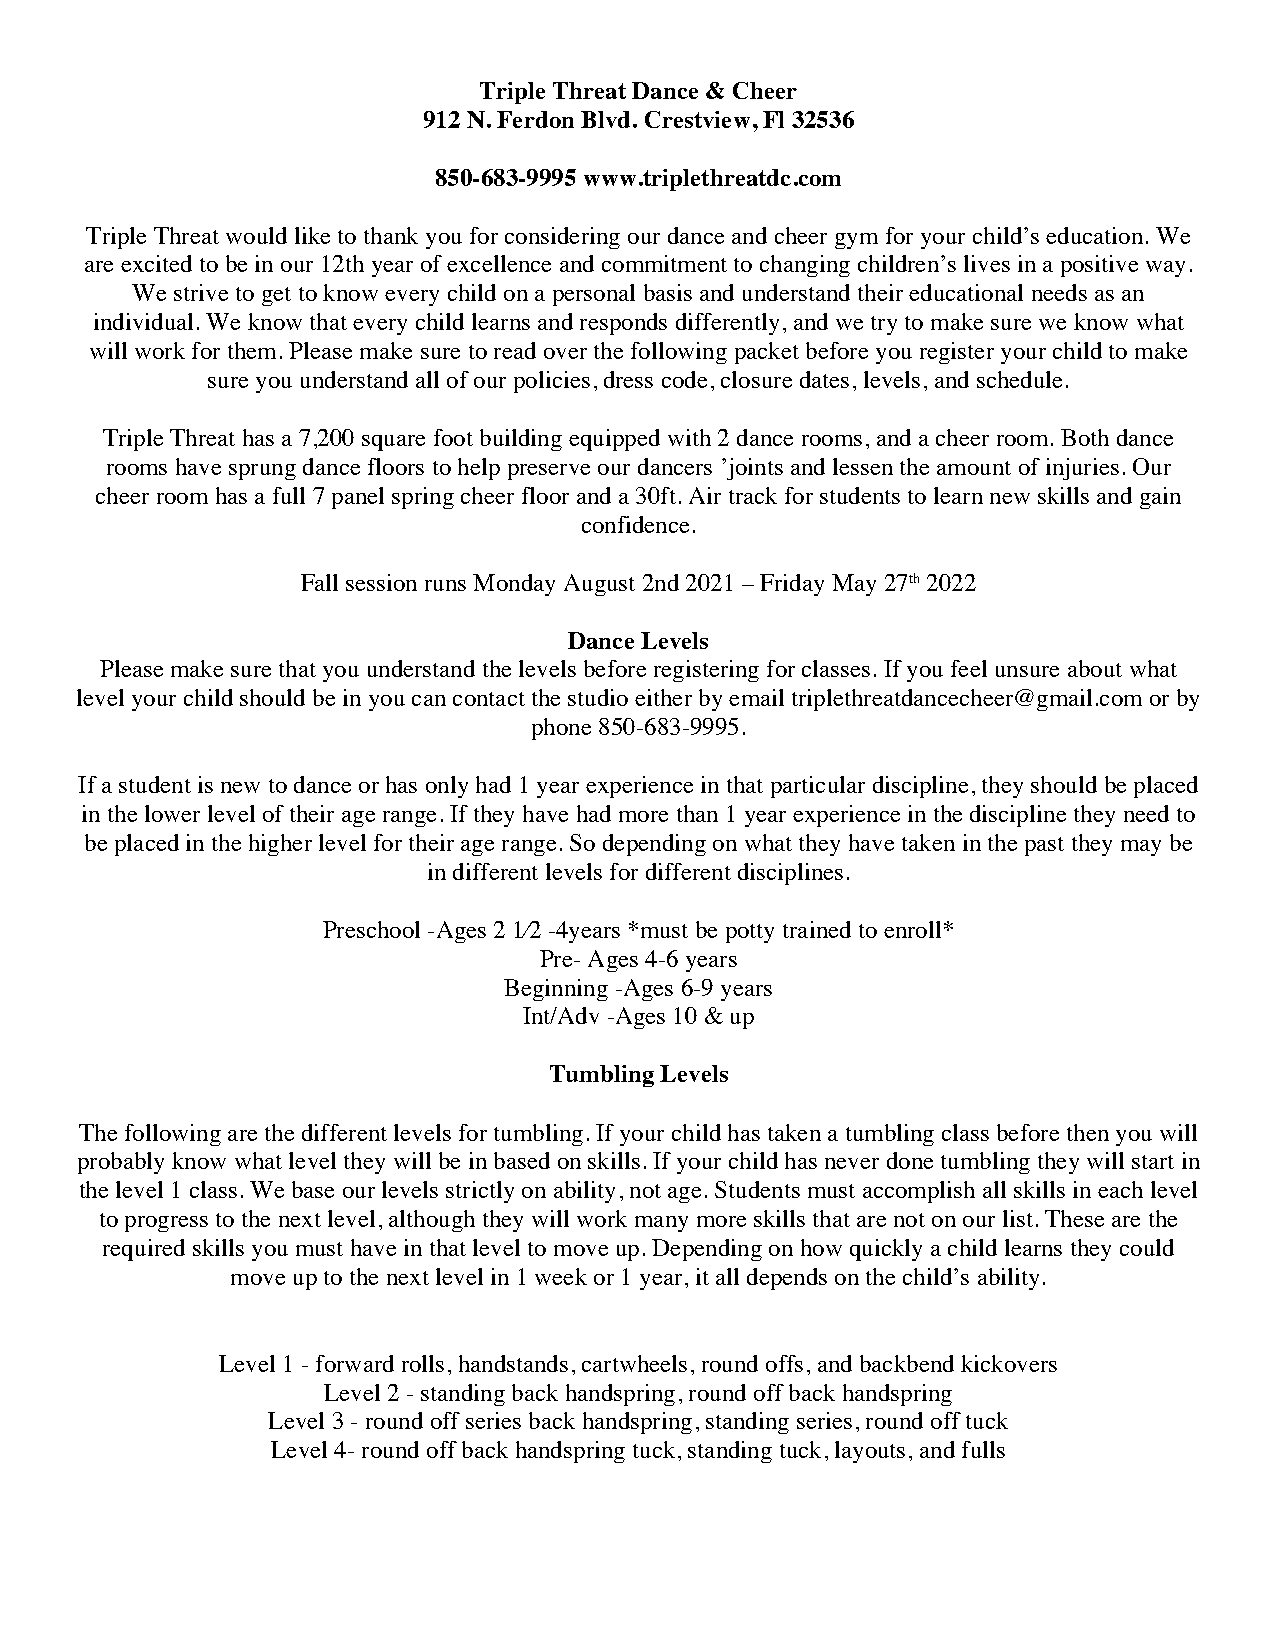
Triple Threat Dance & Cheer
 912 N. Ferdon Blvd. Crestview, Fl 32536
 850-683-9995 www.triplethreatdc.com
 Triple Threat would like to thank you for considering our dance and cheer gym for your child’s education. We
 are excited to be in our 12th year of excellence and commitment to changing children’s lives in a positive way.
 We strive to get to know every child on a personal basis and understand their educational needs as an
 individual. We know that every child learns and responds differently, and we try to make sure we know what
 will work for them. Please make sure to read over the following packet before you register your child to make
 sure you understand all of our policies, dress code, closure dates, levels, and schedule.
 Triple Threat has a 7,200 square foot building equipped with 2 dance rooms, and a cheer room. Both dance
 rooms have sprung dance floors to help preserve our dancers ’joints and lessen the amount of injuries. Our
 cheer room has a full 7 panel spring cheer floor and a 30ft. Air track for students to learn new skills and gain
 confidence.
 Fall session runs Monday August 2nd 2021 – Friday May 27th 2022
 Dance Levels
 Please make sure that you understand the levels before registering for classes. If you feel unsure about what
 level your child should be in you can contact the studio either by email triplethreatdancecheer@gmail.com or by
 phone 850-683-9995.
 If a student is new to dance or has only had 1 year experience in that particular discipline, they should be placed
 in the lower level of their age range. If they have had more than 1 year experience in the discipline they need to
 be placed in the higher level for their age range. So depending on what they have taken in the past they may be
 in different levels for different disciplines.
 Preschool -Ages 2 1⁄2 -4years *must be potty trained to enroll*
 Pre- Ages 4-6 years
 Beginning -Ages 6-9 years
 Int/Adv -Ages 10 & up
 Tumbling Levels
 The following are the different levels for tumbling. If your child has taken a tumbling class before then you will
 probably know what level they will be in based on skills. If your child has never done tumbling they will start in
 the level 1 class. We base our levels strictly on ability, not age. Students must accomplish all skills in each level
 to progress to the next level, although they will work many more skills that are not on our list. These are the
 required skills you must have in that level to move up. Depending on how quickly a child learns they could
 move up to the next level in 1 week or 1 year, it all depends on the child’s ability.
 Level 1 - forward rolls, handstands, cartwheels, round offs, and backbend kickovers
 Level 2 - standing back handspring, round off back handspring
 Level 3 - round off series back handspring, standing series, round off tuck
 Level 4- round off back handspring tuck, standing tuck, layouts, and fulls